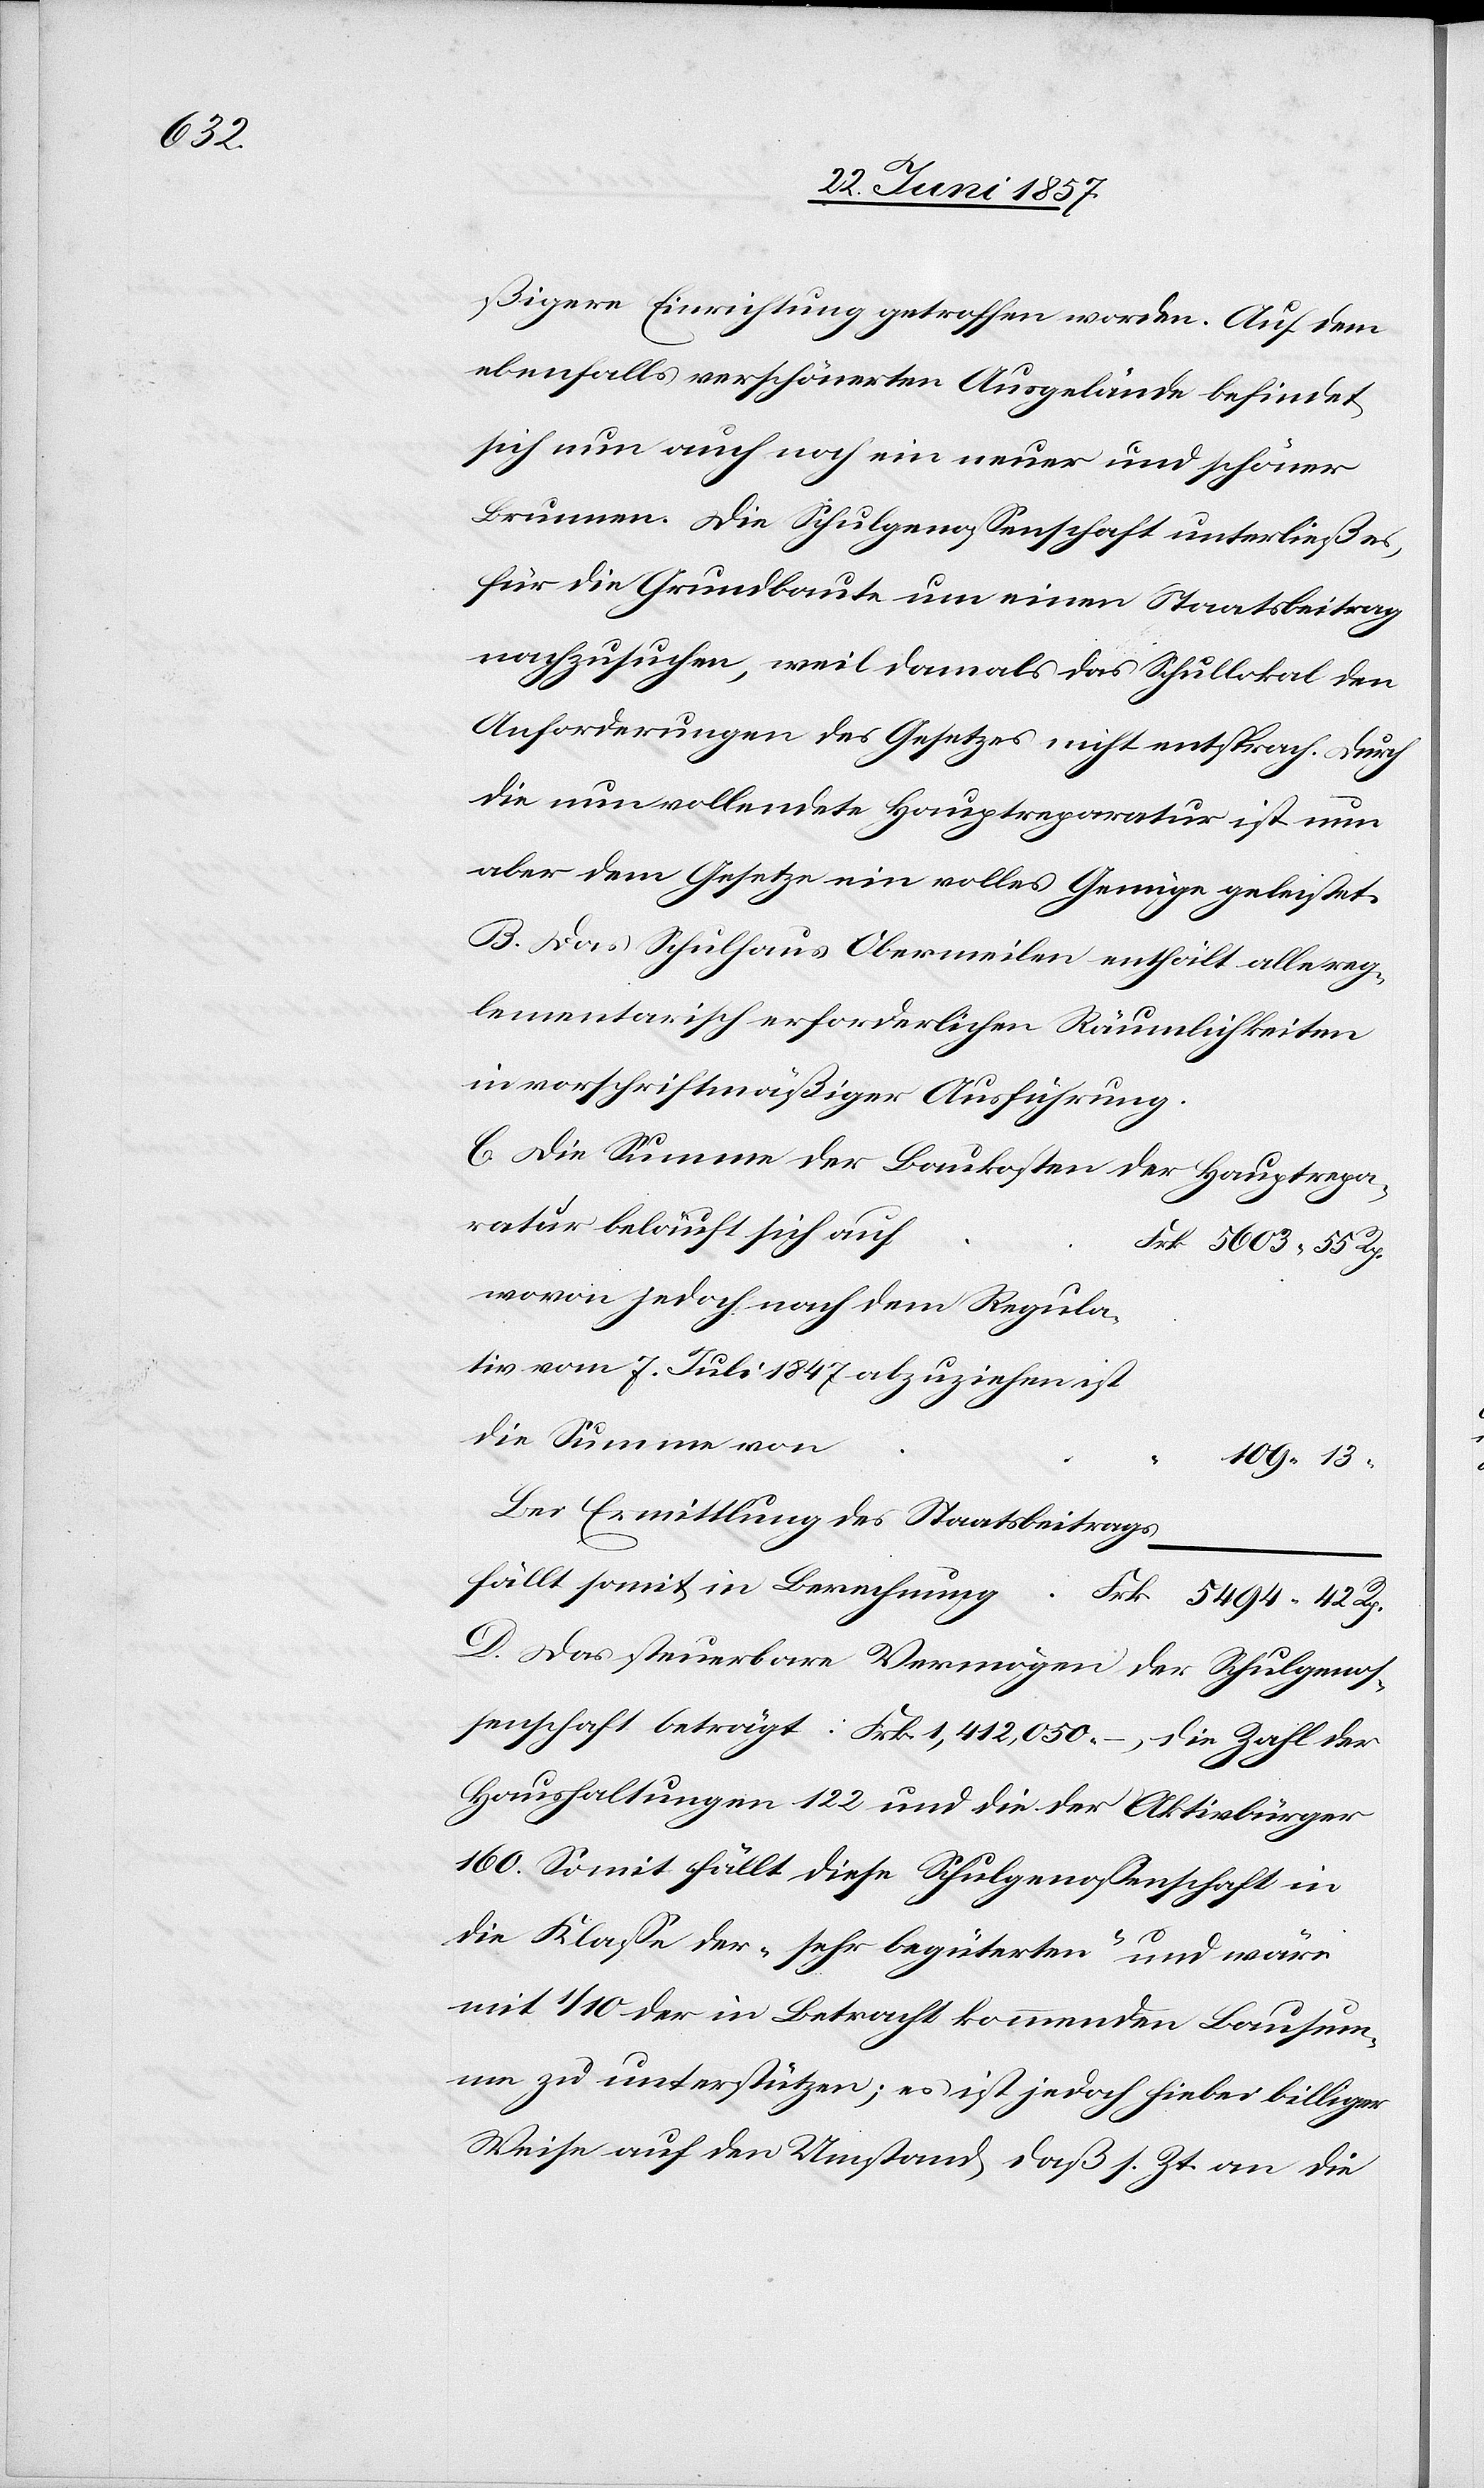
ßigere Einrichtung getroffen worden. Auf dem
ebenfalls verschönerten Ausgelände befindet
sich nun auch noch ein neuer und schöner
Brunnen. Die Schulgenossenschaft unterließ es,
für die Grundbaute um einen Staatsbeitrag
nachzusuchen, weil damals das Schullokal den
Anforderungen des Gesetzes nicht entsprach. Durch
die nun vollendete Hauptreparatur ist nun
aber dem Gesetze ein volles Genüge geleistet.
B. Das Schulhaus Obermeilen enthält alle reg¬
lementarisch erforderlichen Räumlichkeiten
in vorschriftsmäßiger Ausführung.
C. Die Summe der Baukosten der Hauptrepa¬
ratur beläuft sich au¬
f	Frk. 5 603. 55 Rp.
wovon jedoch nach dem Regula¬
tiv vom 7 Juli 1847 abzuziehen ist
109. 13
Bei Ermittlung des Staatsbeitrages
fällt somit in Berechnung		Frk. 5 494. 42 Rp.
D. Das steuerbare Vermögen der Schulgenos¬
senschaft beträgt: Frk. 1,412,050. –, die Zahl der
Haushaltungen 122 und die der Aktivbürger
160. Somit fällt diese Schulgenossenschaft in
die Klasse der „sehr begüterten“ und wäre
mit 1/10 der in Betracht kommenden Bausumm¬
e zu unterstützen; es ist jedoch hiebei billiger
Weise auf den Umstand, daß s. Zt. an die